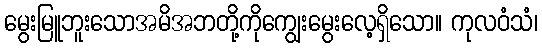
မွေးမြူဘူးသောအမိအဘတို့ကိုကျွေးမွေးလေ့ရှိသော။ ကုလဝံသံ၊